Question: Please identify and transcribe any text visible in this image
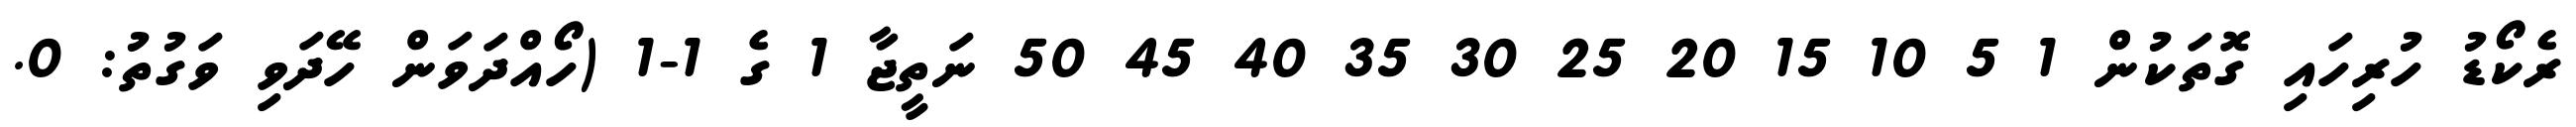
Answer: ރެކޯޑު ހުރިހައި ގޮތަކުން 1 5 10 15 20 25 30 35 40 45 50 ނަތީޖާ 1 ގެ 1-1 (ހޯއްދަވަން ހޭދަވި ވަގުތު: 0.